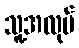
သူ့အလုပ်